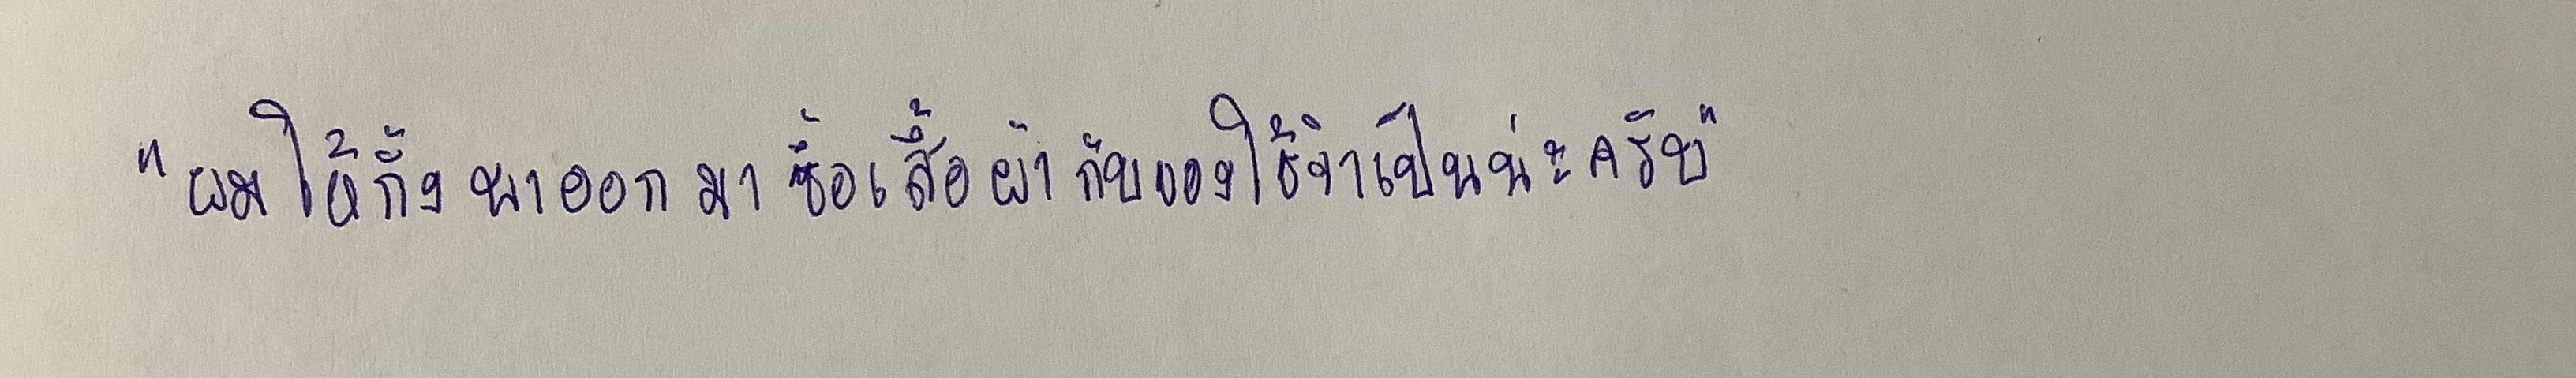
"ผมให้กั้งพาออกมาซื้อเสื้อผ้ากับของใช้จำเป็นน่ะครับ"